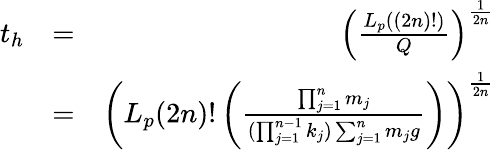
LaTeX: \begin{array}{rlr}{t_{h}}&{=}&{\left(\frac{L_{p}((2n)!)}{Q}\right)^{\frac{1}{2n}}}\\ &{=}&{\left(L_{p}(2n)!\left(\frac{\prod_{j=1}^{n}m_{j}}{(\prod_{j=1}^{n-1}k_{j})\sum_{j=1}^{n}m_{j}g}\right)\right)^{\frac{1}{2n}}}\end{array}